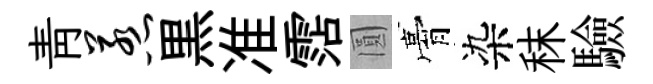
靑惹黒准霑圓膏染秣驗